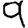
Digit: 9